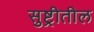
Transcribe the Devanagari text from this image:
सुष्ट्रीतील